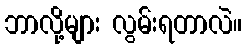
ဘာလို့များ လွမ်းရတာလဲ။